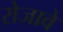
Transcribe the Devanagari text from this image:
रोजावे